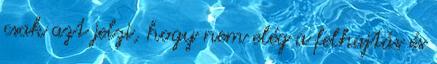
csak azt jelzi, hogy nem elég a felhajtás és